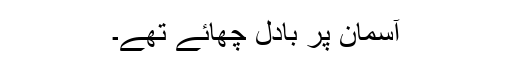
آسمان پر بادل چھائے تھے۔